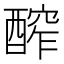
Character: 醡